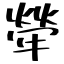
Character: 犖